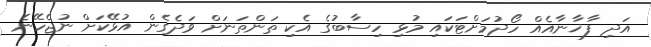
އަދި ފާޚާނާއެއް ހޯދުމަށްޓަކައި މުޅި ހިސާބުގެ އެކި ތަންތަނަށް ވަދެގެން އުޅޭކަށް ނުޖެހޭނެ